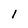
Character: 1